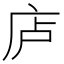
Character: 𪪏